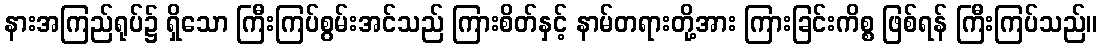
နားအကြည်ရုပ်၌ ရှိသော ကြီးကြပ်စွမ်းအင်သည် ကြားစိတ်နှင့် နာမ်တရားတို့အား ကြားခြင်းကိစ္စ ဖြစ်ရန် ကြီးကြပ်သည်။